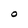
Character: O